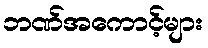
ဘဏ်အကောင့်များ